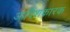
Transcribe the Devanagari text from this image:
आविशकारक